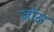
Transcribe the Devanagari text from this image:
ज़ोस